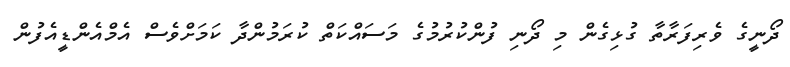
ދޯނީގެ ވެރިފަރާތާ ގުޅިގެން މި ދޯނި ފުންކުރުމުގެ މަސައްކަތް ކުރަމުންދާ ކަމަށްވެސް އެމްއެންޑީއެފުން